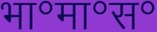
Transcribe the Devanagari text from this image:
भा॰मा॰स॰